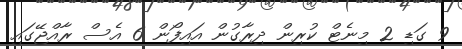
9 ގަޑި 2 މިނެޓް ކުރިން ދިރާގުން އައިފޯން 6 އެސް ރާއްޖޭގައި